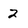
Character: 2